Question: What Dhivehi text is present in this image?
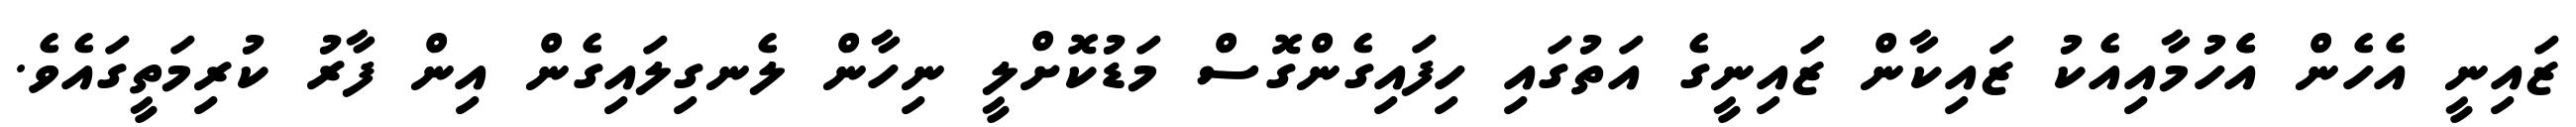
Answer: ޒައިނީ އެހެން އެެހުމާއިއެކު ޒައިކާން ޒައިނީގެ އަތުގައި ހިފައިގެންގޮސް މަޑުކޮށްލީ ނިހާން ލެނގިލައިގެން އިން ފާރު ކުރިމަތީގައެވެ.